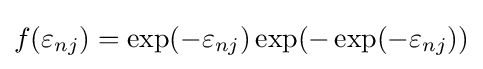
f(\varepsilon _{nj})=\exp(-\varepsilon _{nj})\exp(-\exp(-\varepsilon _{nj}))